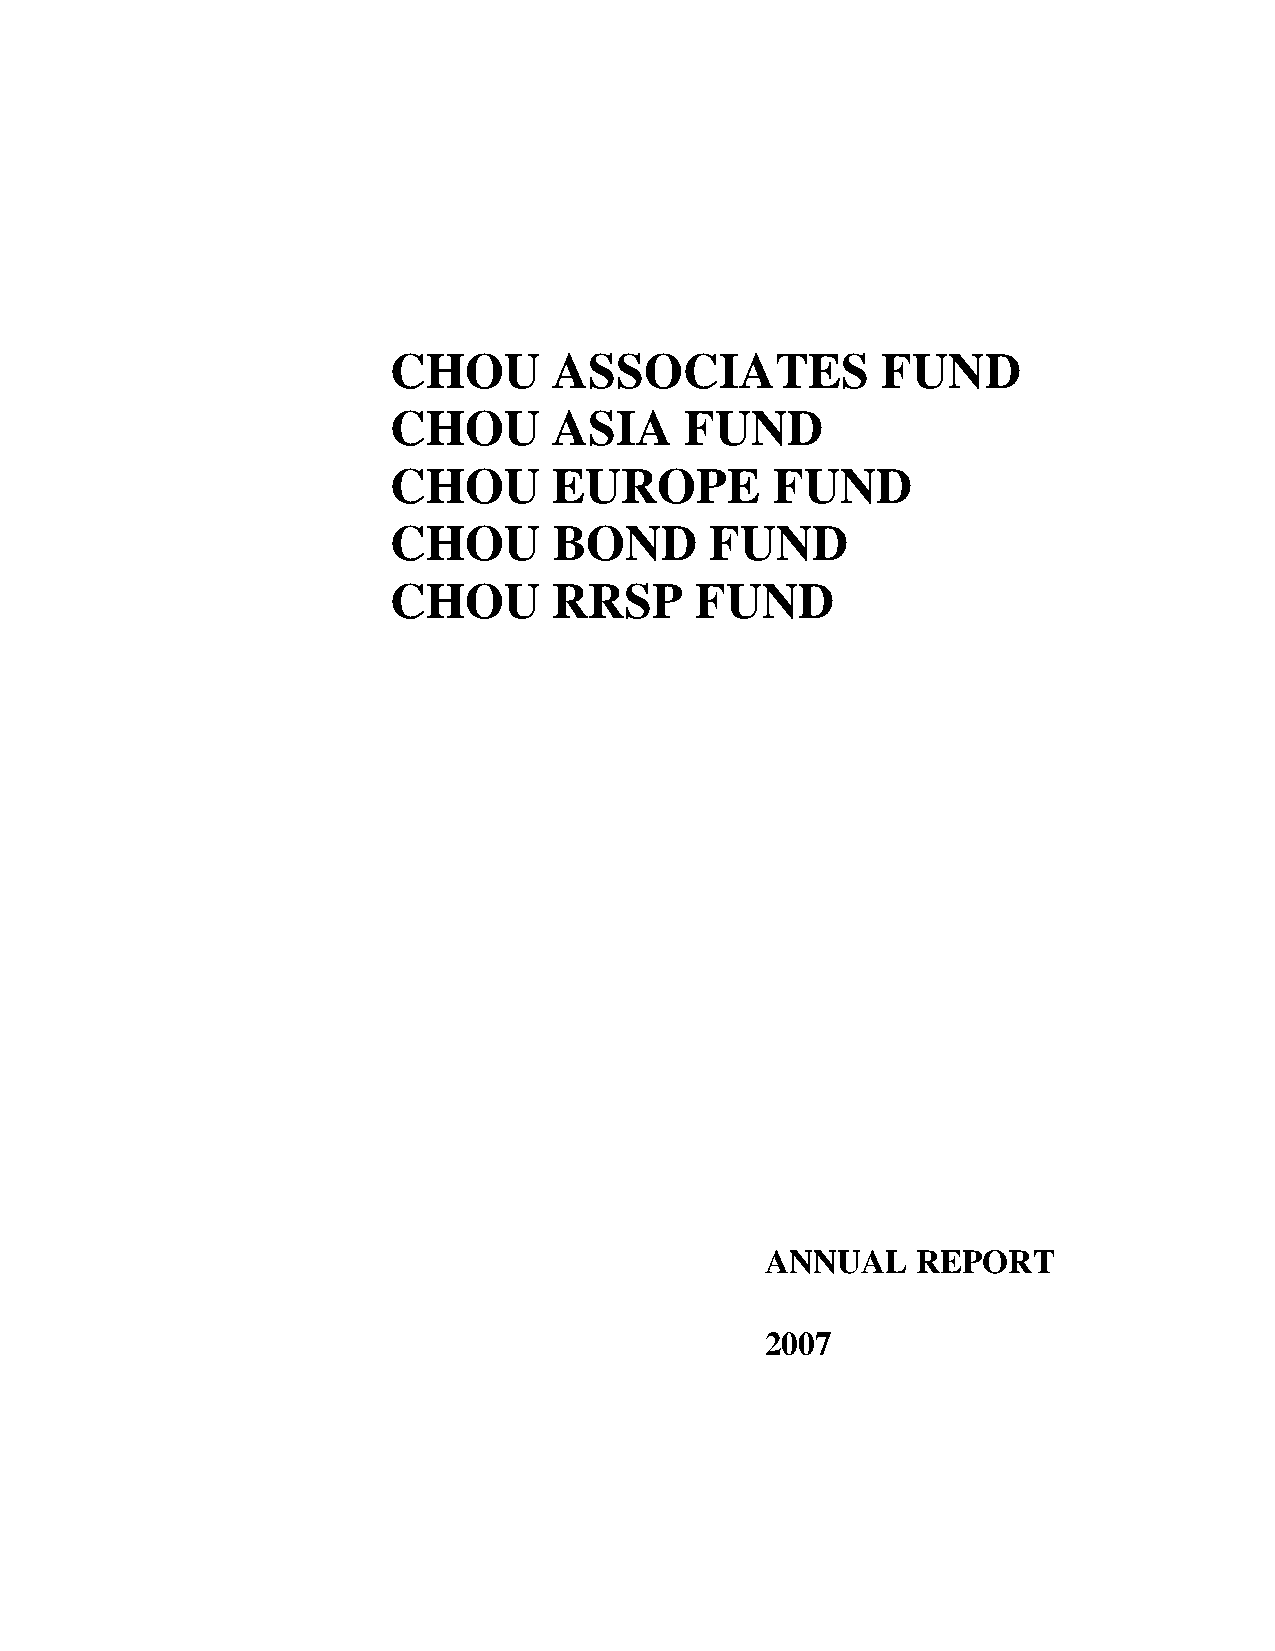
CHOU       ASSOCIATES           FUND
 CHOU       ASIA    FUND
 CHOU       EUROPE        FUND
 CHOU       BOND      FUND
 CHOU       RRSP     FUND
 ANNUAL    REPORT
 2007